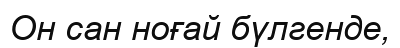
Он сан ноғай бүлгенде,